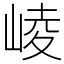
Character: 崚